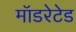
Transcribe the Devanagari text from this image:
मॉडरेटेड